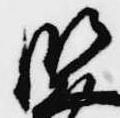
御